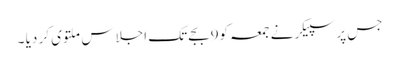
جس پر سپیکر نے جمعہ کو9بجے تک اجلاس ملتوی کر دیا ۔